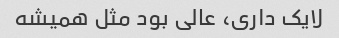
لایک داری، عالی بود مثل همیشه